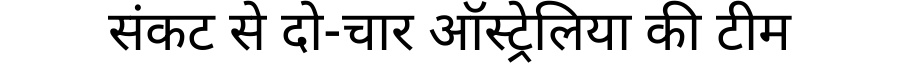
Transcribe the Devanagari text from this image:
संकट से दो-चार ऑस्ट्रेलिया की टीम